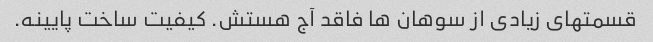
قسمتهای زیادی از سوهان ها فاقد آج هستش. کیفیت ساخت پایینه.